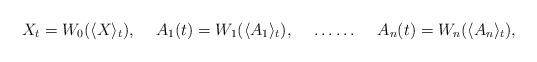
LaTeX: \begin{align*}& X_{t} = W_{0} (\langle X \rangle_{t} ), & A_{1} (t)= W_{1} (\langle A_{1} \rangle_{t} ), && \ldots \ldots && A_{n} (t)= W_{n} (\langle A_{n} \rangle_{t} ),\end{align*}